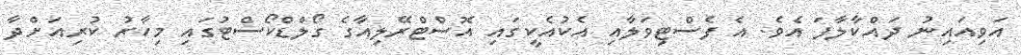
އަވިއައިނު ދައްކާލާފަ އެވެ. އެ ފެސްޓިވަލާއި އެކުއެކީގައި އޮސްޓްރޭލިއާގެ ގޯލްޑްކޯސްޓުގައި މިހާރު ކުރިއަށްދާ